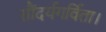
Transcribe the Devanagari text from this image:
सौंदर्यगर्विता।